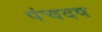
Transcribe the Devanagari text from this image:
पंचदष